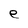
Character: e